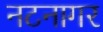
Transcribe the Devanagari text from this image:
नटनागर